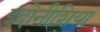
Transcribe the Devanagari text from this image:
इंदोनीशिया